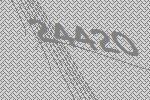
24420